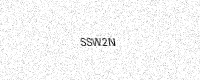
Text: SSW2N